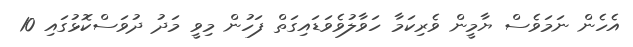
އެހެން ނަމަވެސް ޔާމީން ވެރިކަމާ ހަވާލުވެވަޑައިގަތް ފަހުން މިވީ މަދު ދުވަސްކޮޅުގައި 10